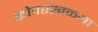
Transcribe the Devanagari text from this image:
कोपरखळ्या